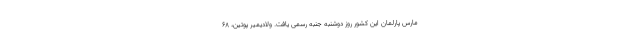
مارس پارلمان این کشور روز دوشنبه جنبه رسمی یافت. ولادیمیر پوتین، ۶۸